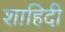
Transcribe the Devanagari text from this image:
शाहिदी